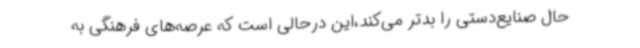
حال صنایع‌دستی را بدتر می‌کند،این درحالی است که عرصه‌های فرهنگی به